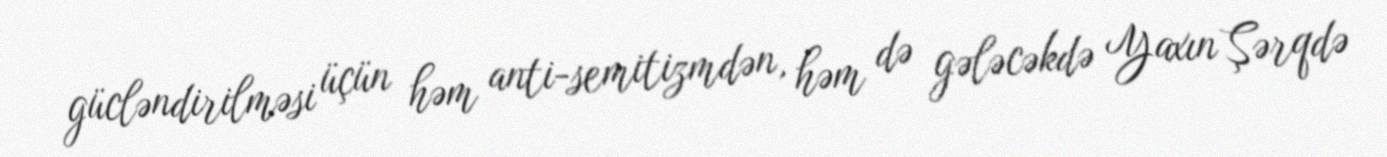
gücləndirilməsi üçün həm anti-semitizmdən, həm də gələcəkdə Yaxın Şərqdə